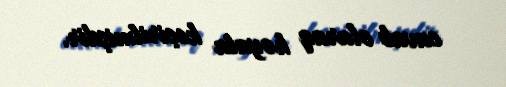
cavab olaraq həyata keçirilmişdir.